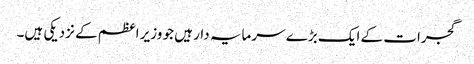
گجرات کے ایک بڑے سرمایہ دار ہیں جو وزیر اعظم کے نزدیکی ہیں۔